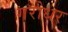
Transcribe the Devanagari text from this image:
गरोधर